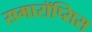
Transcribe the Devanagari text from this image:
समारॉप्सिस